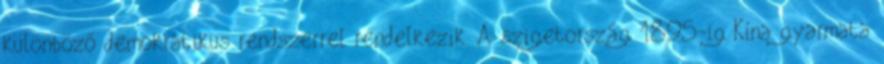
különböző demokratikus rendszerrel rendelkezik. A szigetország 1895-ig Kína gyarmata